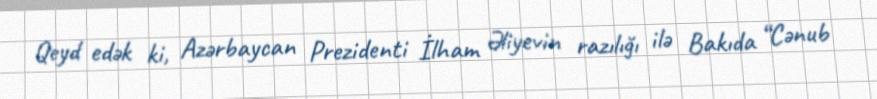
Qeyd edək ki, Azərbaycan Prezidenti İlham Əliyevin razılığı ilə Bakıda “Cənub